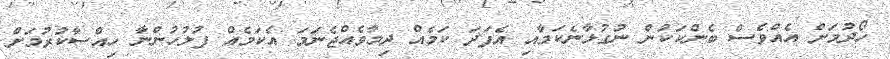
ހޯދުމަށް އެއްވެސް ބެންކަކުން ނުގުޅާނެކަމާއި އެފަދަ ކަމެއް ދިމާވެއްޖެނަމަ އެކަމެއް ފުލުހުންނާ ހިއްސާކުރުމަށް